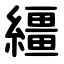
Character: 繮